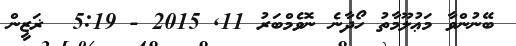
ބޭނުންވާ މަޢުލޫމާތު ހޯދާނެ ނޮވެމްބަރު 11